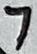
Text: 7